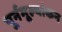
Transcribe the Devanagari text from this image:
पूर्नमूल्यांकन